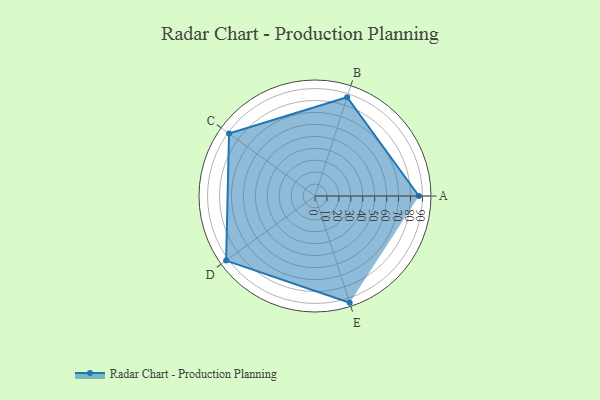
{"axis": {"x": "Skill", "y": "Score"}, "legend": ["Profile"], "data": [{"x": "A", "y": 87.0, "type": "Profile"}, {"x": "B", "y": 87.0, "type": "Profile"}, {"x": "C", "y": 89.0, "type": "Profile"}, {"x": "D", "y": 92.0, "type": "Profile"}, {"x": "E", "y": 94.0, "type": "Profile"}]}